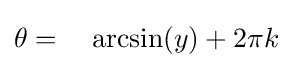
\theta =\;\;\;\,\arcsin(y)+2\pi k